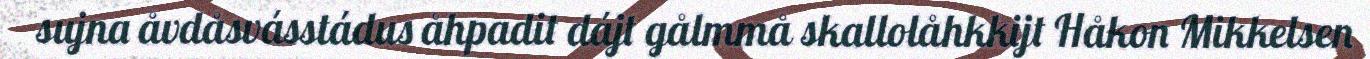
sujna åvdåsvásstádus åhpadit dájt gålmmå skallolåhkkijt Håkon Mikkelsen